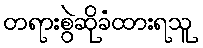
တရားစွဲဆိုခံထားရသူ